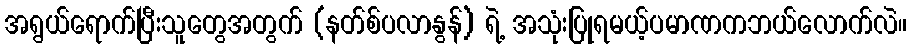
အရွယ်ရောက်ပြီးသူတွေအတွက် (နတ်စ်ပလာနွန်) ရဲ့ အသုံးပြုရမယ့်ပမာဏကဘယ်လောက်လဲ။